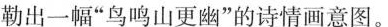
勒出一幅”鸟鸣山更幽”的诗情画意图。